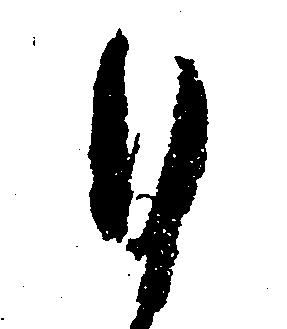
ひ